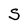
Character: S